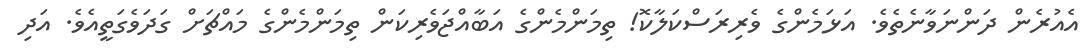
އެއުރެން ދަންނަވާނެތެވެ. އަޅަމެންގެ ވެރިރަސްކަލާކޮ! ތިމަންމެންގެ އަބާއްޖަވެރިކަން ތިމަންމެންގެ މައްޗަށް ގަދަވެގަތީއެވެ. އަދި